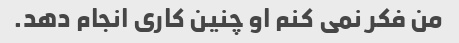
من فکر نمی کنم او چنین کاری انجام دهد.